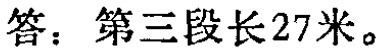
答：第三段长27米。